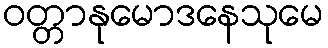
ဝတ္တာနုမောဒနေသုမေ